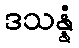
ဒသန္နံ